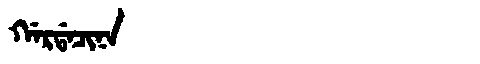
Manchu: ᡤᠠᡵᡩᠠᠴᡳᠨᠠ
Romanization: GARDACINA